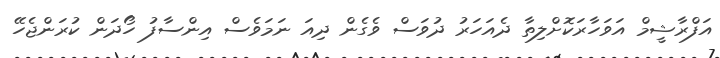
އަފްރާޝީމް އަވަހާރަކޮށްލިތާ ދެއަހަރު ދުވަސް ވެގެން ދިއަ ނަމަވެސް އިންސާފު ހޯދަން ކުރަންޖެހޭ